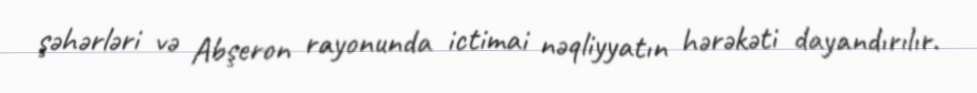
şəhərləri və Abşeron rayonunda ictimai nəqliyyatın hərəkəti dayandırılır.